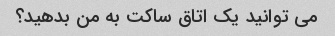
می توانید یک اتاق ساکت به من بدهید؟